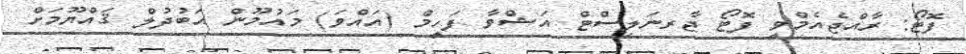
ފޮޓޯ: ރާއްޖެއެމްވީ ފޮޓޯ ޖާރނަލިސްޓް އަޝްވާ ފަހީމް (އައްވަ) މައުމޫން އަބުދުލް ޤައްޔޫމަށް